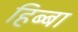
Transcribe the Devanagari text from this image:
हिब्बा